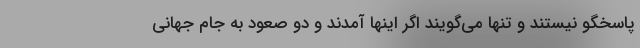
پاسخگو نیستند و تنها می‌گویند اگر اینها آمدند و دو صعود به جام جهانی